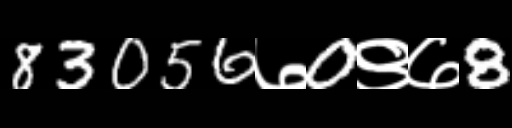
Text: 83056७0९७8